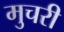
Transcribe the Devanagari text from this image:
मुचरी